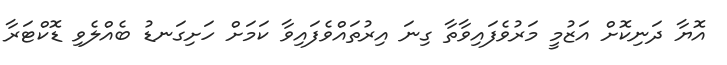
އޮޔާ ދަނިކޮށް އަޒުމީ މަރުވެފައިވާތާ ގިނަ އިރުތައްވެފައިވާ ކަމަށް ހަށިގަނޑު ބެއްލެވި ޑޮކްޓަރާ